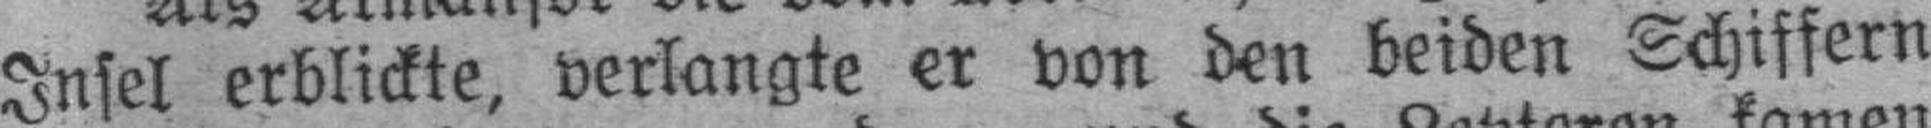
Insel erblickte, verlangte er von den beiden Schiffern